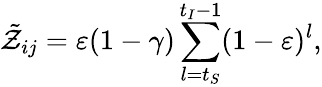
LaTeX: \tilde{\mathcal{Z}}_{ij}=\varepsilon(1-\gamma)\sum_{l=t_{S}}^{t_{I}-1}(1-\varepsilon)^{l},